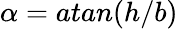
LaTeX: \alpha=atan(h/b)